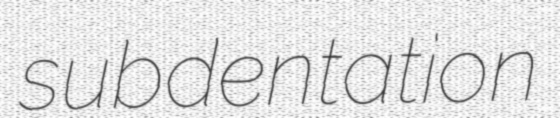
subdentation